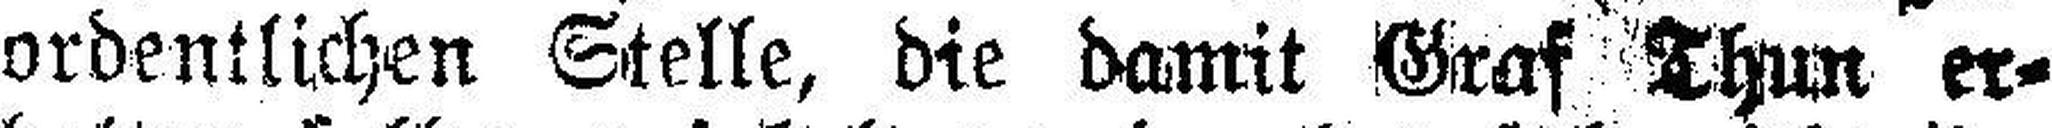
ordentlichen Stelle, die damit Graf Thun er¬